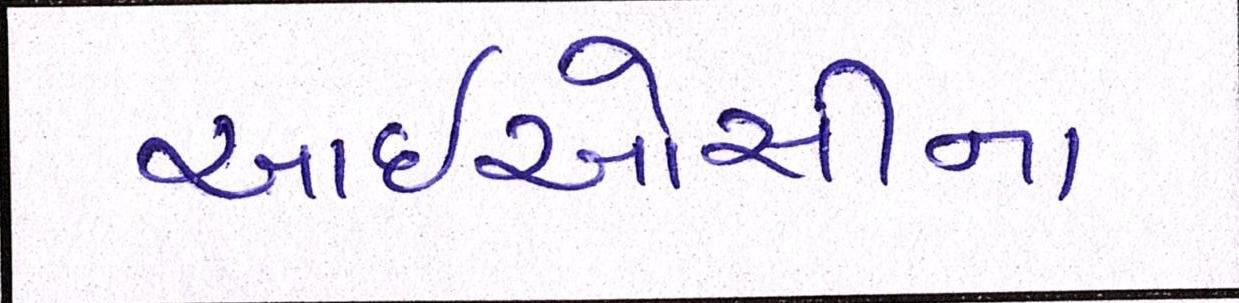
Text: આઈઓસીના